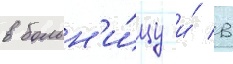
в больн'и́цу и́ в